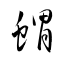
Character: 蝟